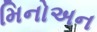
મિનોઅન